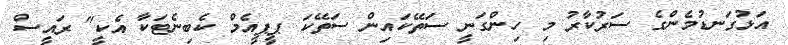
އަޅުގަނޑުމެންގެ ސަރުކާރު މި ހިންގަނީ ސަތޭކައިން ސަތޭކަ ޕީޕީއެމް ކެބިނެޓަކާ އެކީ" ރައީސް